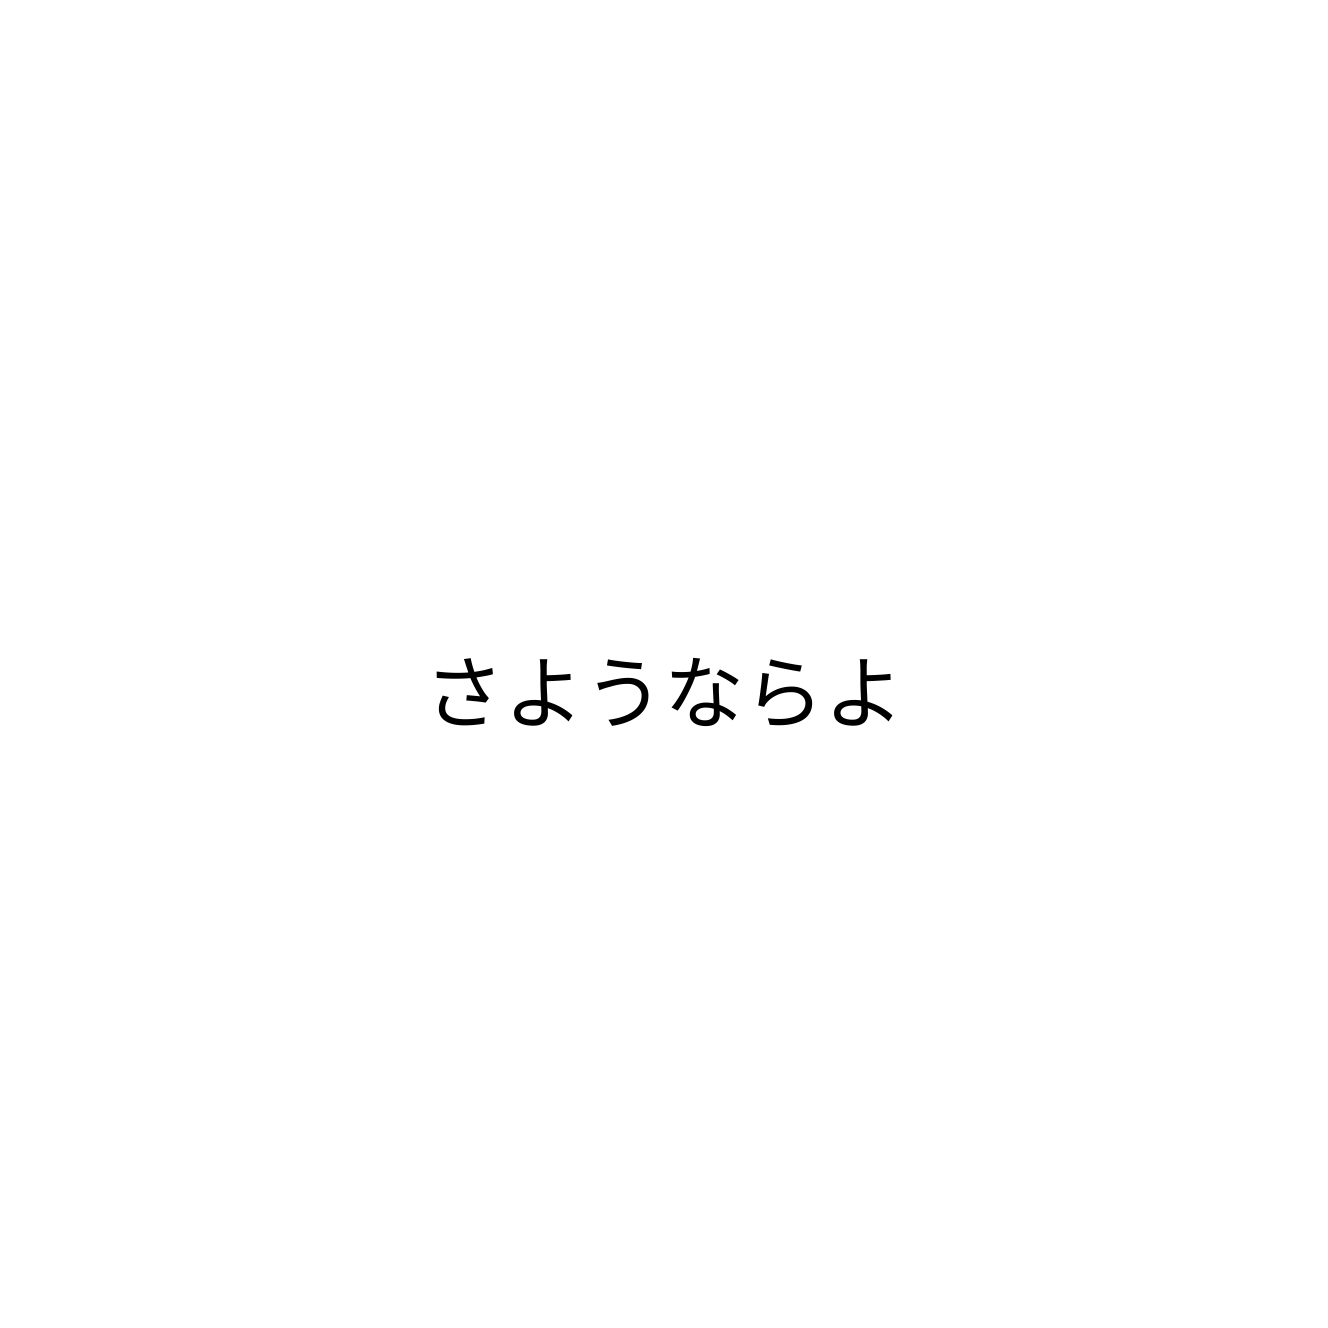
さようならよ